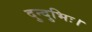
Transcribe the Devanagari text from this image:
दुन्दुभिः।